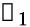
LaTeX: \boldsymbol{\mathscr{x}}_{1}